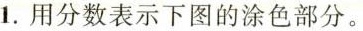
1.用分数表示下图的涂色部分。